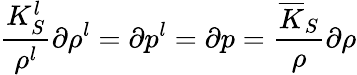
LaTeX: \frac{K_{S}^{l}}{\rho^{l}}\partial\rho^{l}=\partial p^{l}=\partial p=\frac{\overline{{K}}_{S}}{\rho}\partial\rho